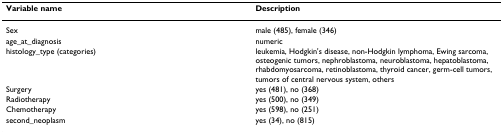
<table><thead><tr><td><b>Variable name</b></td><td><b>Description</b></td></tr></thead><tbody><tr><td>Sex</td><td>male (485), female (346)</td></tr><tr><td>age_at_diagnosis</td><td>numeric</td></tr><tr><td>histology_type (categories)</td><td>leukemia, Hodgkin&#x27;s disease, non-Hodgkin lymphoma, Ewing sarcoma, osteogenic tumors, nephroblastoma, neuroblastoma, hepatoblastoma, rhabdomyosarcoma, retinoblastoma, thyroid cancer, germ-cell tumors, tumors of central nervous system, others</td></tr><tr><td>Surgery</td><td>yes (481), no (368)</td></tr><tr><td>Radiotherapy</td><td>yes (500), no (349)</td></tr><tr><td>Chemotherapy</td><td>yes (598), no (251)</td></tr><tr><td>second_neoplasm</td><td>yes (34), no (815)</td></tr></tbody></table>